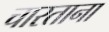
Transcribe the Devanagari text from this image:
चारताना